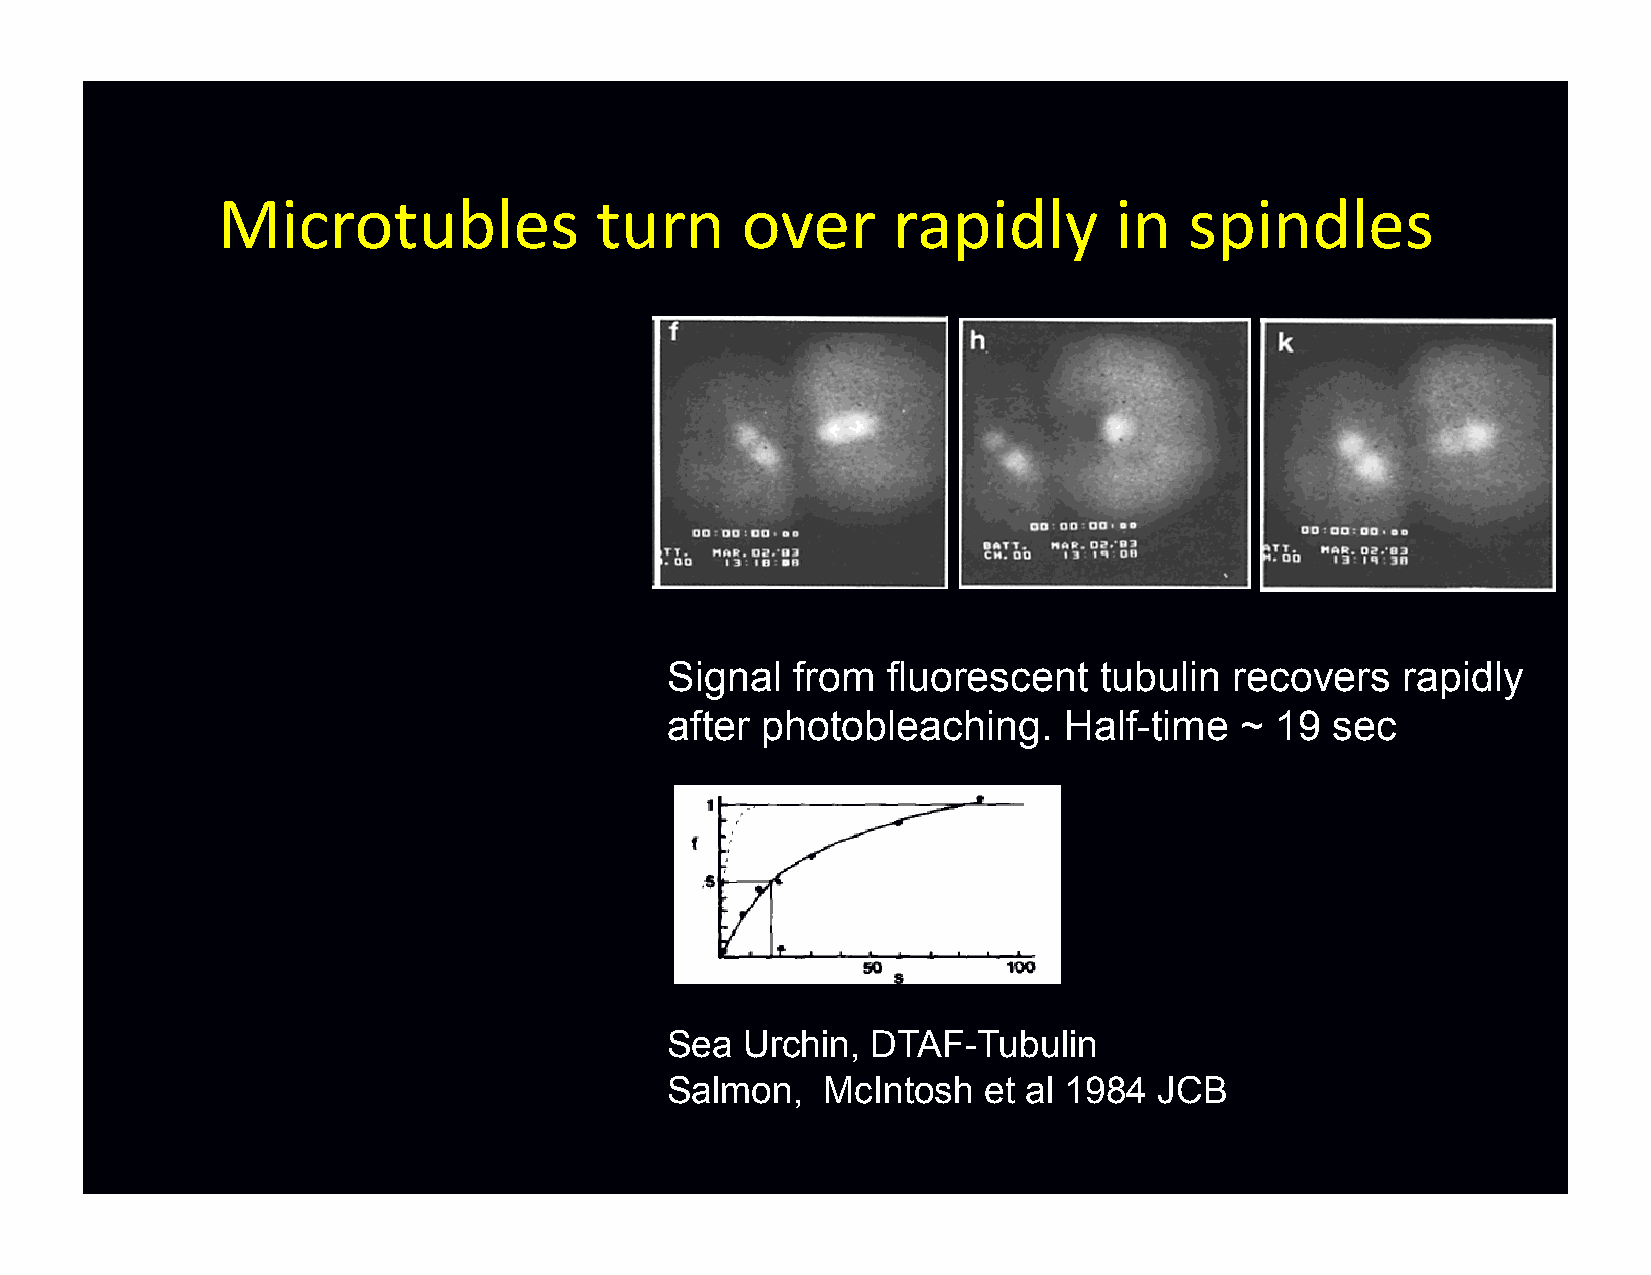
Microtubles              turn      over      rapidly        in   spindles
 Signal  from   fluorescent   tubulin  recovers   rapidly
 after photobleaching.     Half-time   ~ 19  sec
 Sea  Urchin,  DTAF-Tubulin
 Salmon,    McIntosh  et al 1984  JCB